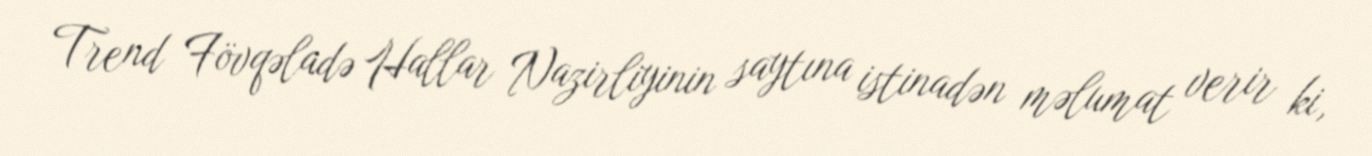
Trend Fövqəladə Hallar Nazirliyinin saytına istinadən məlumat verir ki,